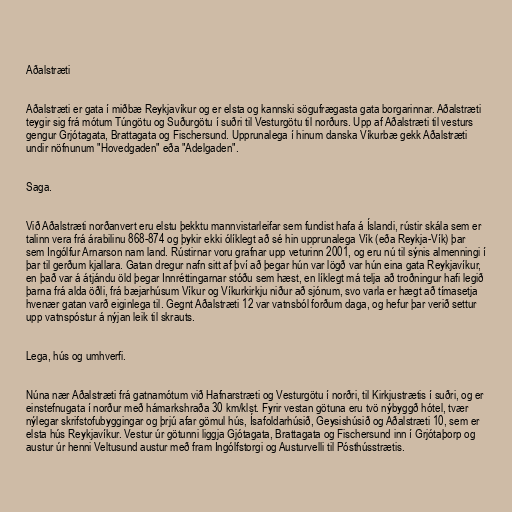
Aðalstræti

Aðalstræti er gata í miðbæ Reykjavíkur og er elsta og kannski sögufrægasta gata borgarinnar. Aðalstræti
teygir sig frá mótum Túngötu og Suðurgötu í suðri til Vesturgötu til norðurs. Upp af Aðalstræti til vesturs
gengur Grjótagata, Brattagata og Fischersund. Upprunalega í hinum danska Víkurbæ gekk Aðalstræti
undir nöfnunum "Hovedgaden" eða "Adelgaden".

Saga.

Við Aðalstræti norðanvert eru elstu þekktu mannvistarleifar sem fundist hafa á Íslandi, rústir skála sem er
talinn vera frá árabilinu 868-874 og þykir ekki ólíklegt að sé hin upprunalega Vík (eða Reykja-Vík) þar
sem Ingólfur Arnarson nam land. Rústirnar voru grafnar upp veturinn 2001, og eru nú til sýnis almenningi í
þar til gerðum kjallara. Gatan dregur nafn sitt af því að þegar hún var lögð var hún eina gata Reykjavíkur,
en það var á átjándu öld þegar Innréttingarnar stóðu sem hæst, en líklegt má telja að troðningur hafi legið
þarna frá alda öðli, frá bæjarhúsum Víkur og Víkurkirkju niður að sjónum, svo varla er hægt að tímasetja
hvenær gatan varð eiginlega til. Gegnt Aðalstræti 12 var vatnsból forðum daga, og hefur þar verið settur
upp vatnspóstur á nýjan leik til skrauts.

Lega, hús og umhverfi.

Núna nær Aðalstræti frá gatnamótum við Hafnarstræti og Vesturgötu í norðri, til Kirkjustrætis í suðri, og er
einstefnugata í norður með hámarkshraða 30 km/klst. Fyrir vestan götuna eru tvö nýbyggð hótel, tvær
nýlegar skrifstofubyggingar og þrjú afar gömul hús, Ísafoldarhúsið, Geysishúsið og Aðalstræti 10, sem er
elsta hús Reykjavíkur. Vestur úr götunni liggja Gjótagata, Brattagata og Fischersund inn í Grjótaþorp og
austur úr henni Veltusund austur með fram Ingólfstorgi og Austurvelli til Pósthússtrætis.